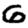
Digit: 6